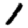
Digit: 1